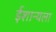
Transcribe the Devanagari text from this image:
ईशान्यला